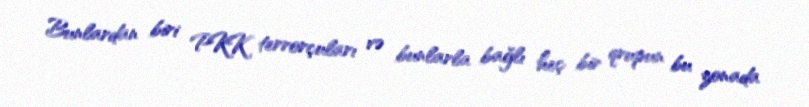
Bunlardan biri PKK terrorçuları və bunlarla bağlı heç bir qrupun bu zonada